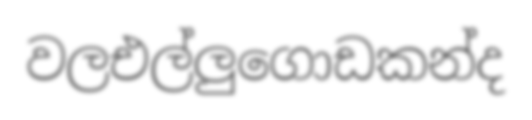
වලඑල්ලුගොඩකන්ද